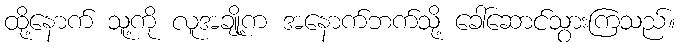
ထို့နောက် သူ့ကို လူအချို့က အနောက်ဘက်သို့ ခေါ်ဆောင်သွားကြသည်။